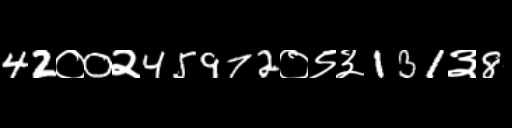
Text: 42०0२45972०९३131३8